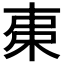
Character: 𣐺